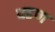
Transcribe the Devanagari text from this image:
पडण